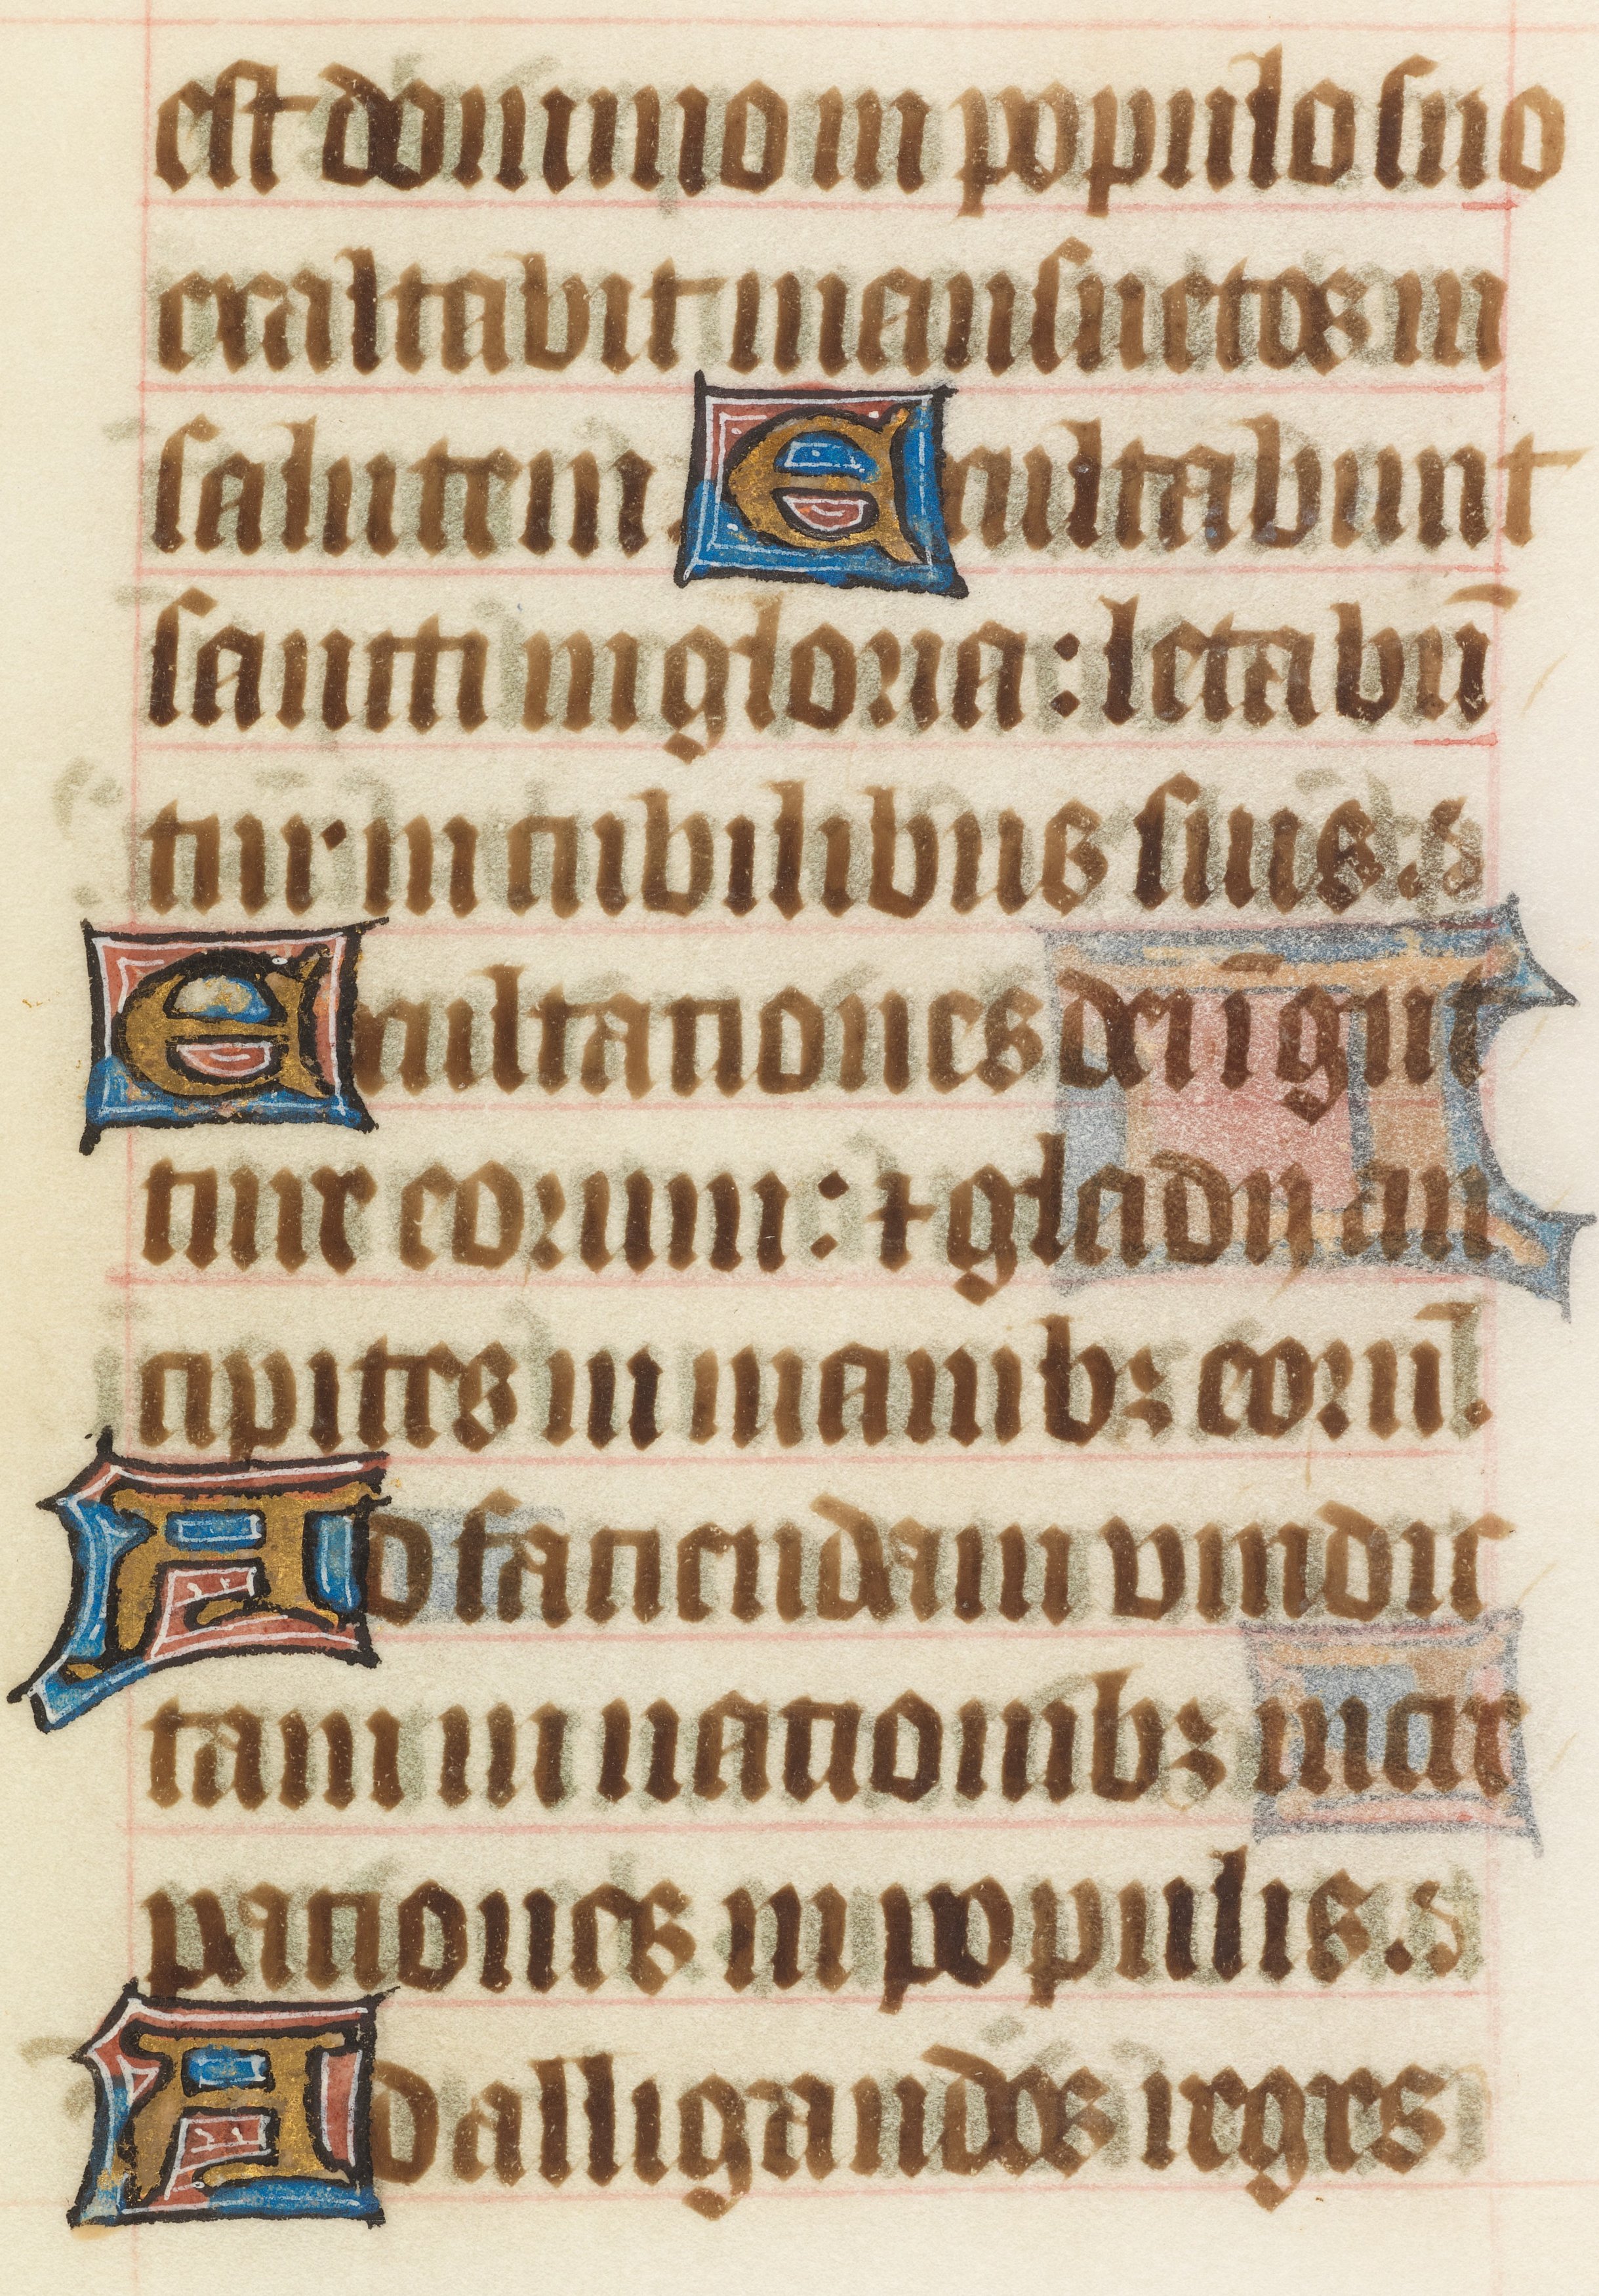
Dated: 1414–1445